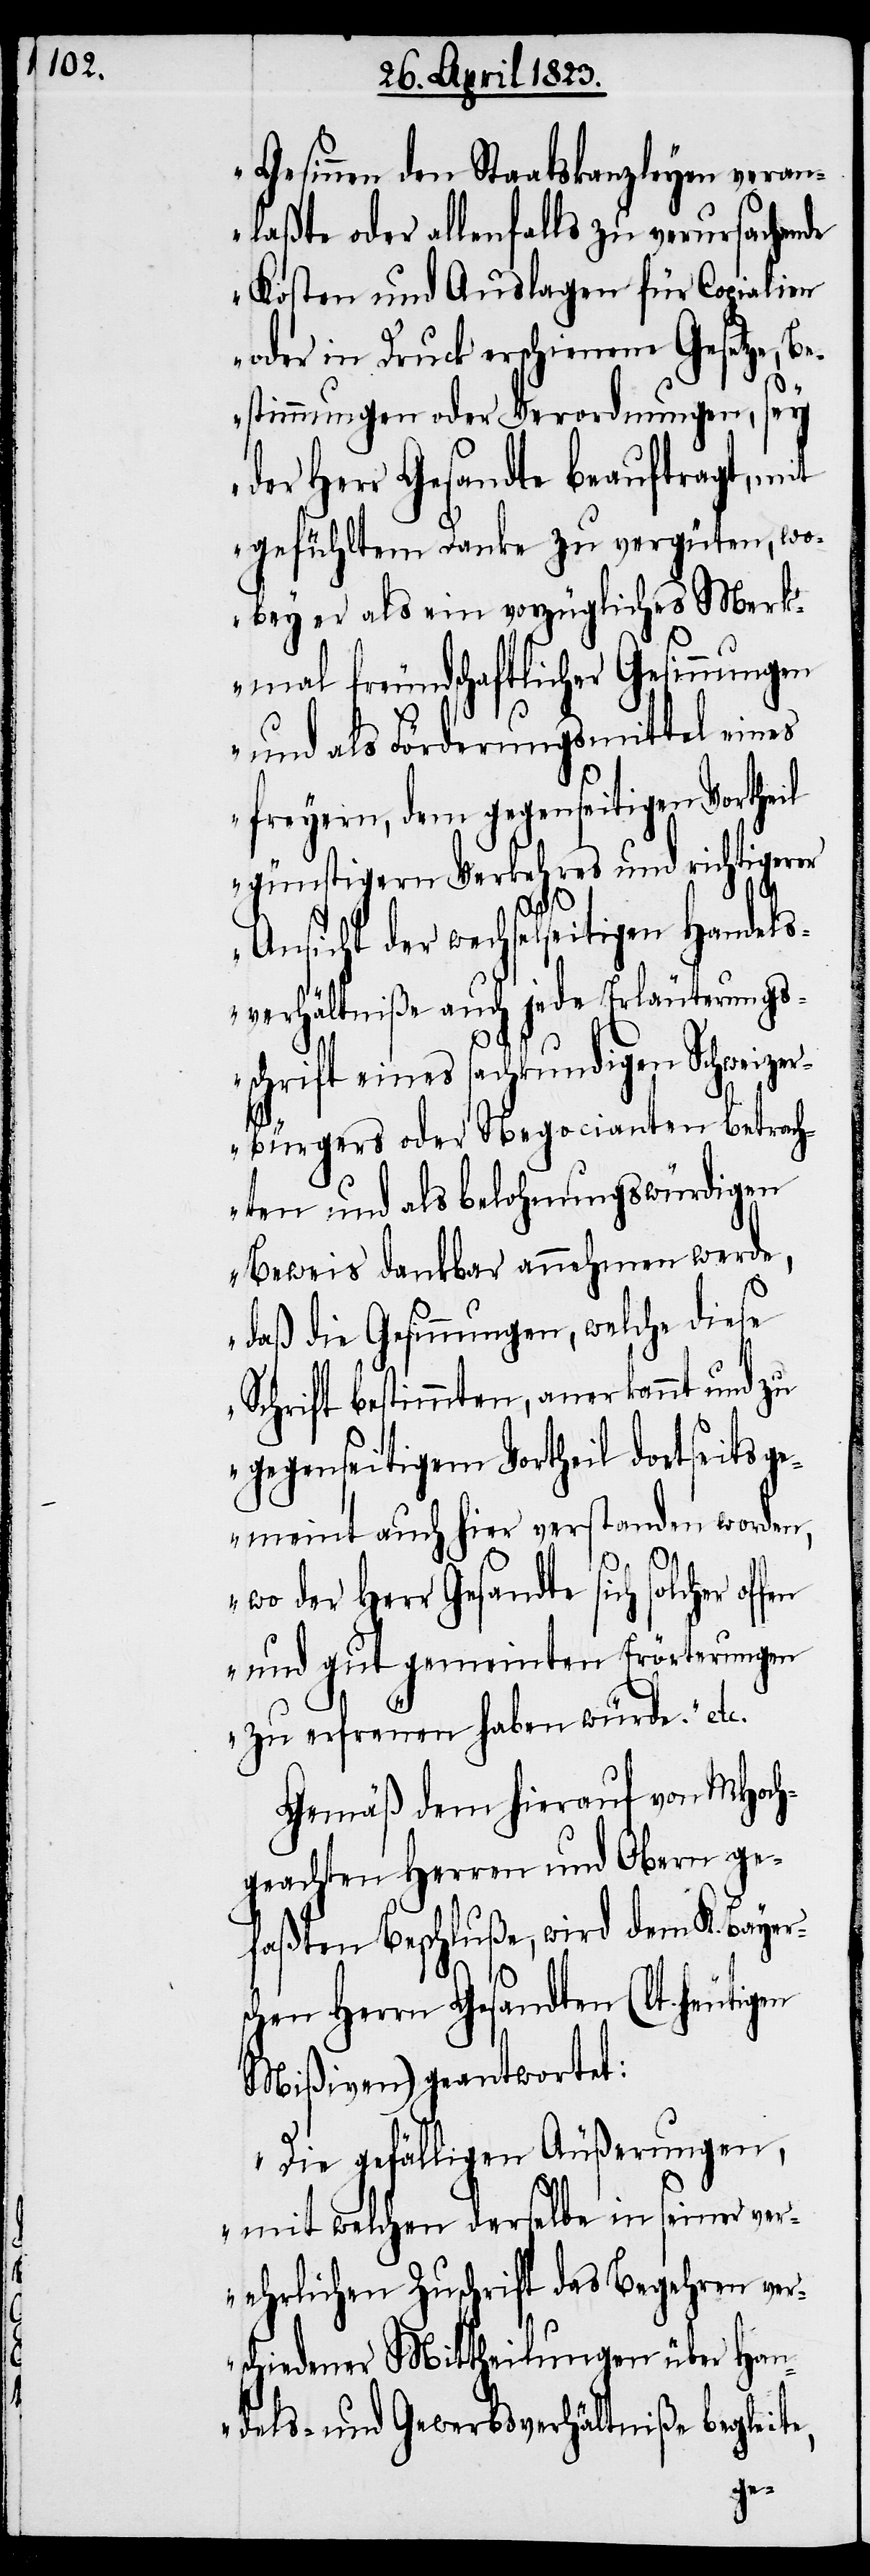
Gesinnen den Staatskanzleyen veran¬
laßte oder allenfalls zu verursachende
Kosten und Auslagen für Copialien
oder in Druck erschienene Gesetze, B¬
estimmungen oder Verordnungen, sey
der Herr Gesandte beauftragt, mit
gefühltem Danke zu vergüten, wo¬
bey er als ein vorzügliches Merk¬
mal freundschaftlicher Gesinnungen
und als Förderungsmittel eines
freyern, dem gegenseitigen Vortheil
günstigern Verkehres und richtigerer
Ansicht der wechselseitigen Handels¬
verhältniße auch jede Erläuterungs¬
schrift eines sachkundigen Schweizer¬
bürgers oder Negocianten betrach¬
ten und als belohnungswürdigen
Beweis dankbar annehmen werde,
daß die Gesinnungen, welche diese
Schrift bestimmten, anerkannt und zu
gegenseitigem Vortheil dortseits ge¬
meint auch hier verstanden worden,
wo der Herr Gesandte sich solcher
und gut gemeinten Erörterungen
zu erfreuen haben würde.“ etc.
Gemäß dem hierauf von MHoch¬
geachten Herren und Obern ge¬
faßten Beschluße, wird dem K. Bayer¬
chen Herrn Gesandten (lt. heutigen
Mißiven) geantwortet:
„Die gefälligen Äußerungen,
mit welchen derselbe in seiner ver¬
ehrlichen Zuschrift das Begehren ver¬
schiedener Mittheilungen über Han¬
dels- und Gewerbsverhältniße begleit¬
e,